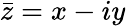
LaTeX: \bar{z}=x-iy